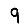
Digit: 9